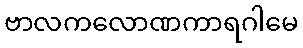
ဗာလကလောဏကာရဂါမေ